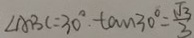
\angle A B C = 3 0 ^ { \circ } \tan 3 0 ^ { \circ } = \frac { \sqrt { 3 } } { 3 }